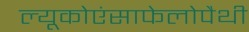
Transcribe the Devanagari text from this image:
ल्यूकोएंसाफेलोपैथी